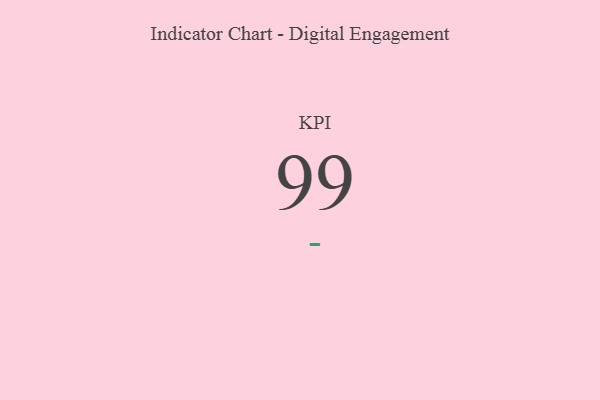
{"axis": {"x": "KPI", "y": "Value"}, "legend": [""], "data": [{"x": "KPI", "y": 99, "type": ""}]}